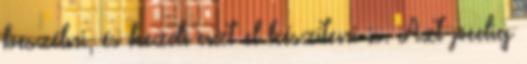
beszélni, és kezdi azt el készíteni is. Azt pedig